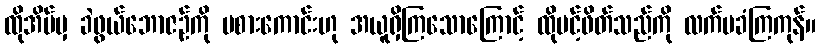
ထိုအိမ်မှ ခဲဖွယ်ဘောဇဉ်ကို မစားကောင်းဟု အယူရှိကြသောကြောင့် ထိုပင့်ဖိတ်သည်ကို လက်မခံကြကုန်။